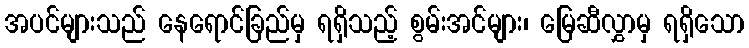
အပင်များသည် နေရောင်ခြည်မှ ရရှိသည့် စွမ်းအင်များ၊ မြေဆီလွှာမှ ရရှိသော